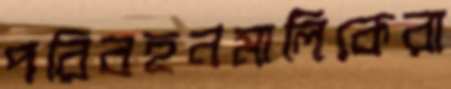
পরিবহনমালিকেরা